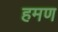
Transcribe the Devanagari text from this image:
हमण